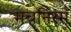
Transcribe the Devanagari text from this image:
मचनिस्म